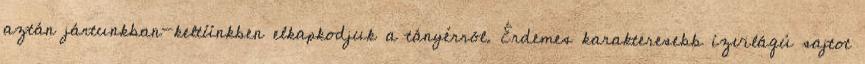
aztán jártunkban-keltünkben elkapkodjuk a tányérról. Érdemes karakteresebb ízvilágú sajtot